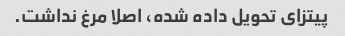
پیتزای تحویل داده شده، اصلا مرغ نداشت.